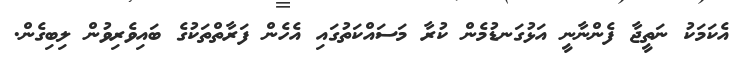
އެކަމަކު ނަތީޖާ ފެންނާނީ އަޅުގަނޑުމެން ކުރާ މަސައްކަތުގައި އެހެން ފަރާތްތަކުގެ ބައިވެރިވުން ލިބިގެން.